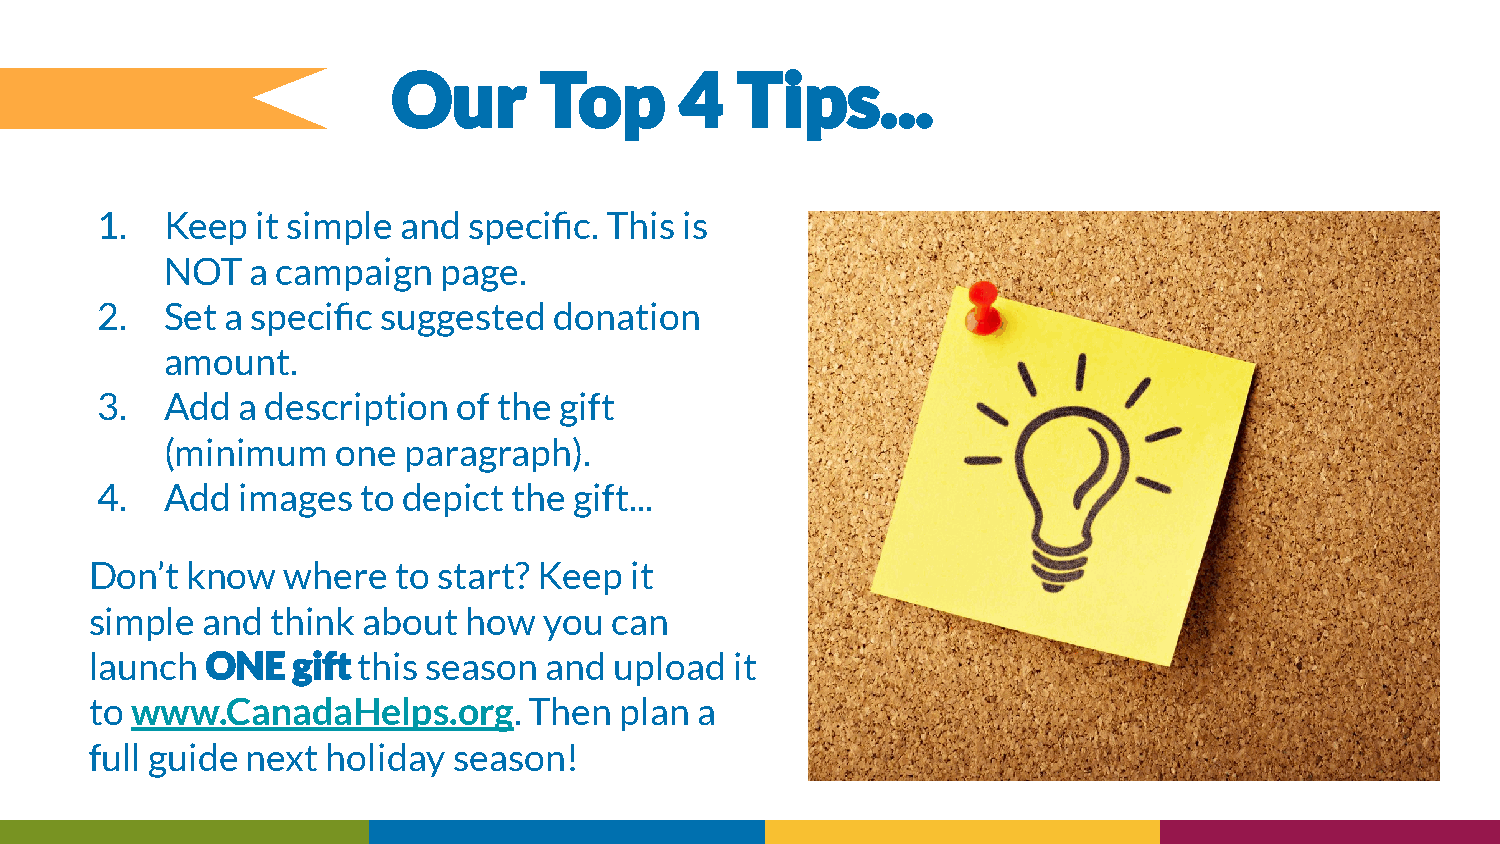
1.   Keep  it simple and specific. This is
 NOT   a campaign  page.
 2.   Set a specific suggested  donation
 amount.
 3.   Add  a description of the gift
 (minimum   one  paragraph).
 4.   Add  images  to depict the gift...
 Don’t know   where  to start? Keep  it
 simple and  think about  how  you can
 launch            this season and  upload  it
 to www.CanadaHelps.org.      Then  plan a
 full guide next holiday season!